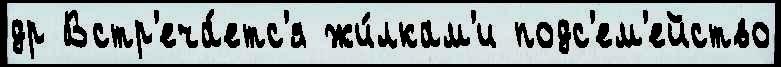
др Встр'еча́етс'я жи́лкам'и подс'ем'ейство